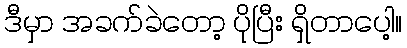
ဒီမှာ အခက်ခဲတော့ ပိုပြီး ရှိတာပေါ့။